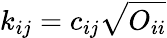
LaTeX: k_{ij}=c_{ij}\sqrt{O_{ii}}